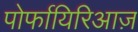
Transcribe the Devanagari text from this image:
पोर्फायिरिआज़